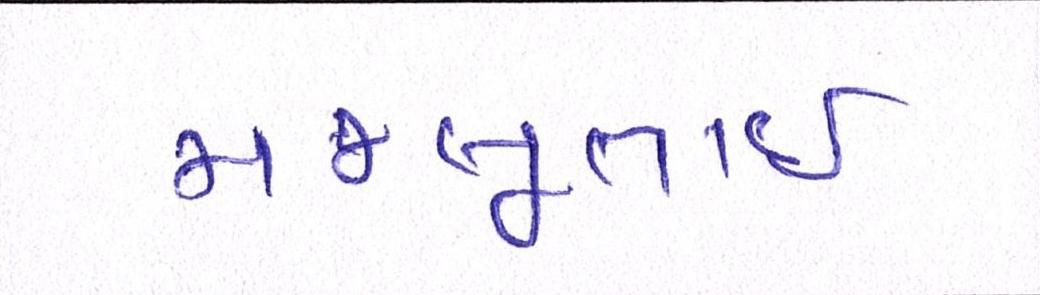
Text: મજબૂતાઈ